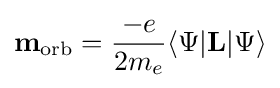
\mathbf {m} _{\rm {orb}}={\frac {-e}{2m_{e}}}\langle \Psi \vert \mathbf {L} \vert \Psi \rangle